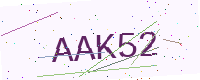
Text: AAK52